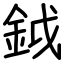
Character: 鉞